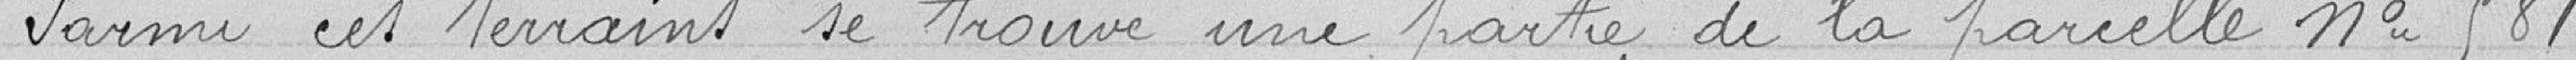
Parmi ces terrains se trouve une partie de la parcelle n° 581